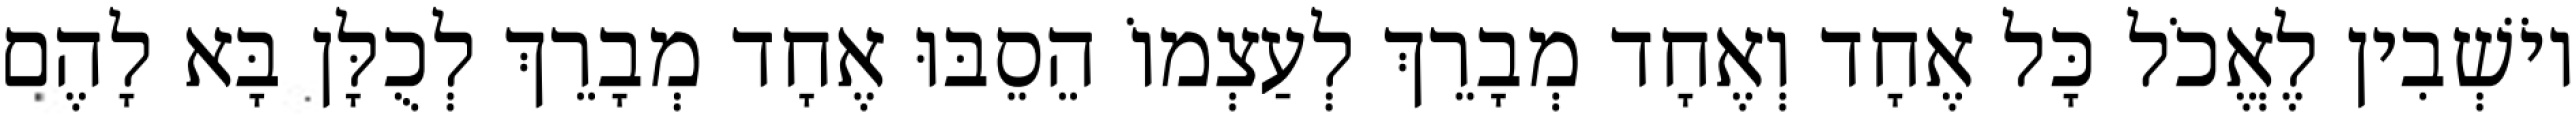
יוֹשְׁבִין לֶאֱכֹל כָּל אֶחָד וְאֶחָד מְבָרֵךְ לְעַצְמוֹ הֵסֵבּוּ אֶחָד מְבָרֵךְ לְכֻלָּן בָּא לָהֶם